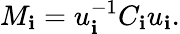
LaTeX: M_{\mathbf{i}}=u_{\mathbf{i}}^{-1}C_{\mathbf{i}}u_{\mathbf{i}}.